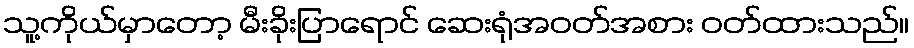
သူ့ကိုယ်မှာတော့ မီးခိုးပြာရောင် ဆေးရုံအဝတ်အစား ဝတ်ထားသည်။